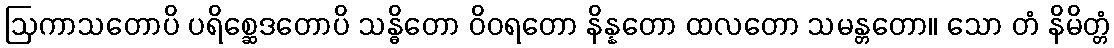
ဩကာသတောပိ ပရိစ္ဆေဒတောပိ သန္ဓိတော ဝိဝရတော နိန္နတော ထလတော သမန္တတော။ သော တံ နိမိတ္တံ